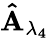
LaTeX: \mathbf{\hat{A}_{\lambda_{4}}}